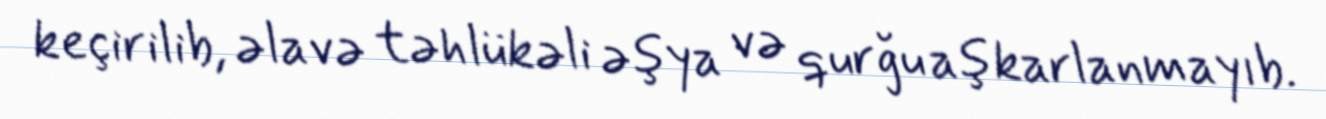
keçirilib, əlavə təhlükəli əşya və qurğu aşkarlanmayıb.